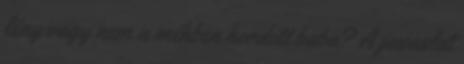
lény vagy nem a méhben hordott baba? A javaslat